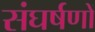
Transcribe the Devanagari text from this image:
संघर्षणों